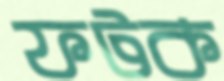
ফটক